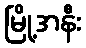
မြို့အနီး